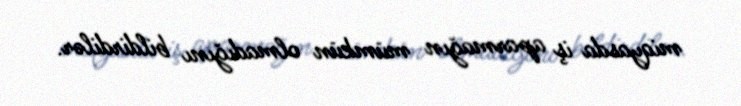
miqyasda iş aparmağın mümkün olmadığını bildirdilər.